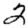
Digit: 2